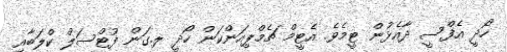
ހޯދީ އެފްސީ ދާއެޅުން ޓީމެވެ. އެޓީމް ޗެމްޕިއަންކަން ހޯދީ ލ.ގަން ފުޓްސަލް ކްލަބާއި